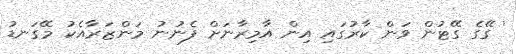
' ގޭގެ ގޭޓުން ވަން ކާރުގައި އިން އާމިރާނަށް ފެނުނު މަންޒަރާއެކު މޭގަނޑު